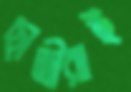
ছাত্রীরাই